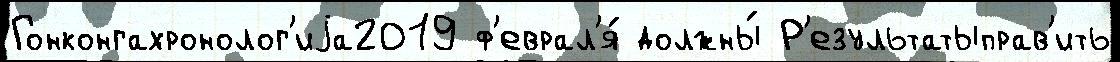
Гонконгахронолог'иjа2019 ф'еврал'я́ должны́ Р'езультатыправ'ить